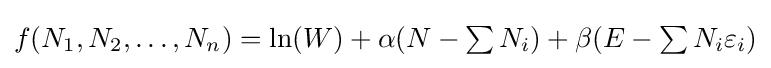
f(N_{1},N_{2},\ldots ,N_{n})=\textstyle \ln(W)+\alpha (N-\sum N_{i})+\beta (E-\sum N_{i}\varepsilon _{i})